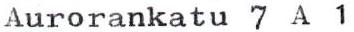
Aurorankatu 7 A 1